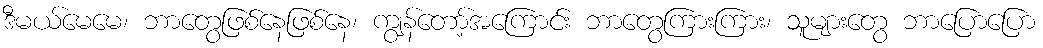
ဒီမယ်မေမေ၊ ဘာတွေဖြစ်နေဖြစ်နေ၊ ကျွန်တော့်အကြောင်း ဘာတွေကြားကြား၊ သူများတွေ ဘာပြောပြော